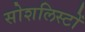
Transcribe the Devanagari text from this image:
सोशलिस्टों